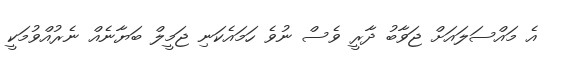
އެ މައްސަލައަށް ޖަވާބު ދާރީ ވެސް ނުވެ ހަމައެކަނި ޖަމީލް ބަޔާނެއް ނެރުއްވުމަކީ